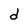
Character: d